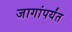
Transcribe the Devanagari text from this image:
जागांपर्यंत